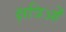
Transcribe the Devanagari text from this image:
क्षत्रिओं